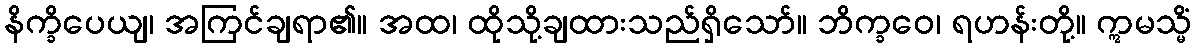
နိက္ခိပေယျ၊ အကြင်ချရာ၏။ အထ၊ ထိုသို့ချထားသည်ရှိသော်။ ဘိက္ခဝေ၊ ရဟန်းတို့။ ဣမသ္မိံ